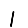
Digit: 1